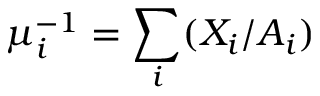
\mu _ { i } ^ { - 1 } = \sum _ { i } ( X _ { i } / A _ { i } )